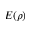
E ( \rho )